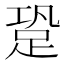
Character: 跫